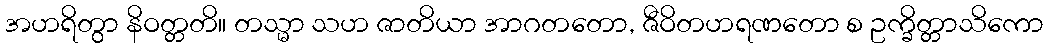
အဟရိတွာ နိဝတ္တတိ။ တသ္မာ သဟ ဇာတိယာ အာဂတတော, ဇီဝိတဟရဏတော စ ဥက္ခိတ္တာသိကော